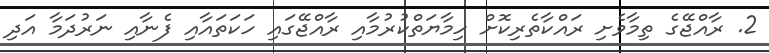
2. ރާއްޖޭގެ ތިމާވެށި ރައްކާތެރިކޮށް ހިމާޔަތްކުރުމާއި ރާއްޖޭގައި ހަކަތައާއި ފެނާއި ނަރުދަމާ އަދި